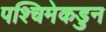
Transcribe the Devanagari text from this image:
पश्चिमेकडुन